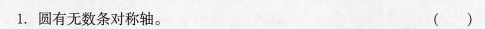
1.圆有无数条对称轴。 ( )